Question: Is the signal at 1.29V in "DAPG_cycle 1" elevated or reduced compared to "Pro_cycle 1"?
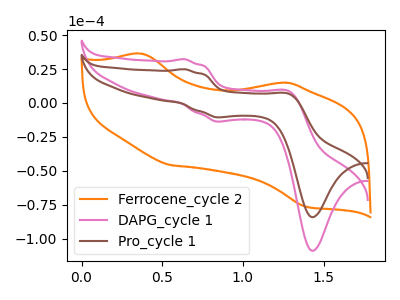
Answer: <think>The orange curve "Ferrocene_cycle 2" has anodic peaks at (0.40V, 36.15uA) (1.30V, 14.85uA) and cathodic peaks at (0.55V, -45.80uA) (1.40V, -76.20uA). The pink curve "DAPG_cycle 1" has anodic peaks at (0.65V, 32.20uA) (1.30V, 8.35uA) and cathodic peaks at (0.85V, -13.65uA) (1.45V, -108.75uA). The brown curve "Pro_cycle 1" has anodic peaks at (0.65V, 24.90uA) (1.30V, 6.45uA) and cathodic peaks at (0.85V, -10.55uA) (1.45V, -84.00uA).</think>
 <answer>The peak at 1.29V is higher in "DAPG_cycle 1" than in "Pro_cycle 1".</answer>
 <eval>higher</eval>